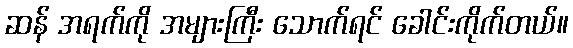
ဆန် အရက်ကို အများကြီး သောက်ရင် ခေါင်းကိုက်တယ်။